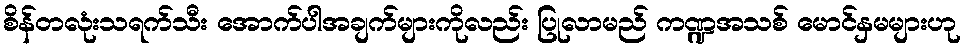
စိန်တလုံးသရက်သီး အောက်ပါအချက်များကိုလည်း ပြုလာမည် ကဏ္ဍအသစ် မောင်နှမများဟု